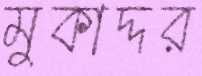
মুকাদ্দর